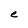
Character: e